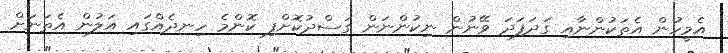
އެމީހުން އެތަކުންނާއި ގަދަފަދަ ވޭނުން ނިކުންނަން ގަސްދުކޮށްފި ކޮންމެ ހިނދެއްގައި އަލުން އެތަނަށް